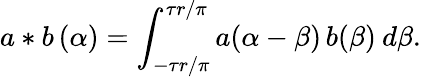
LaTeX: a\ast b\, (\alpha)=\int_{-\tau r/\pi}^{\tau r/\pi}a(\alpha-\beta)\, b(\beta)\: d\beta.